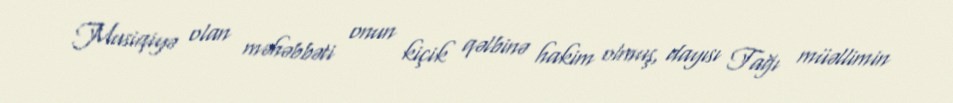
Musiqiyə olan məhəbbəti onun kiçik qəlbinə hakim olmuş, dayısı Tağı müəllimin